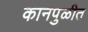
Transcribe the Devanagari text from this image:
कानपुळीत